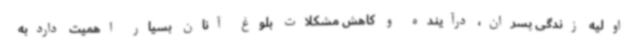
اولیه زندگی پسران، درآینده و کاهش مشکلات بلوغ آنان بسیار اهمیت داردبه